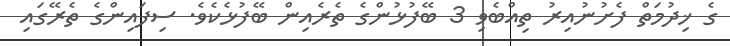
ގެ ޚިދުމަތް ފެށުނުއިރު ތިއްބެވި 3 ބޭފުޅުންގެ ތެރެއިން ބޭފުޅެކެވެ. ސިފައިންގެ ތެރޭގައި